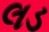
લડ